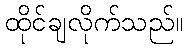
ထိုင်ချလိုက်သည်။